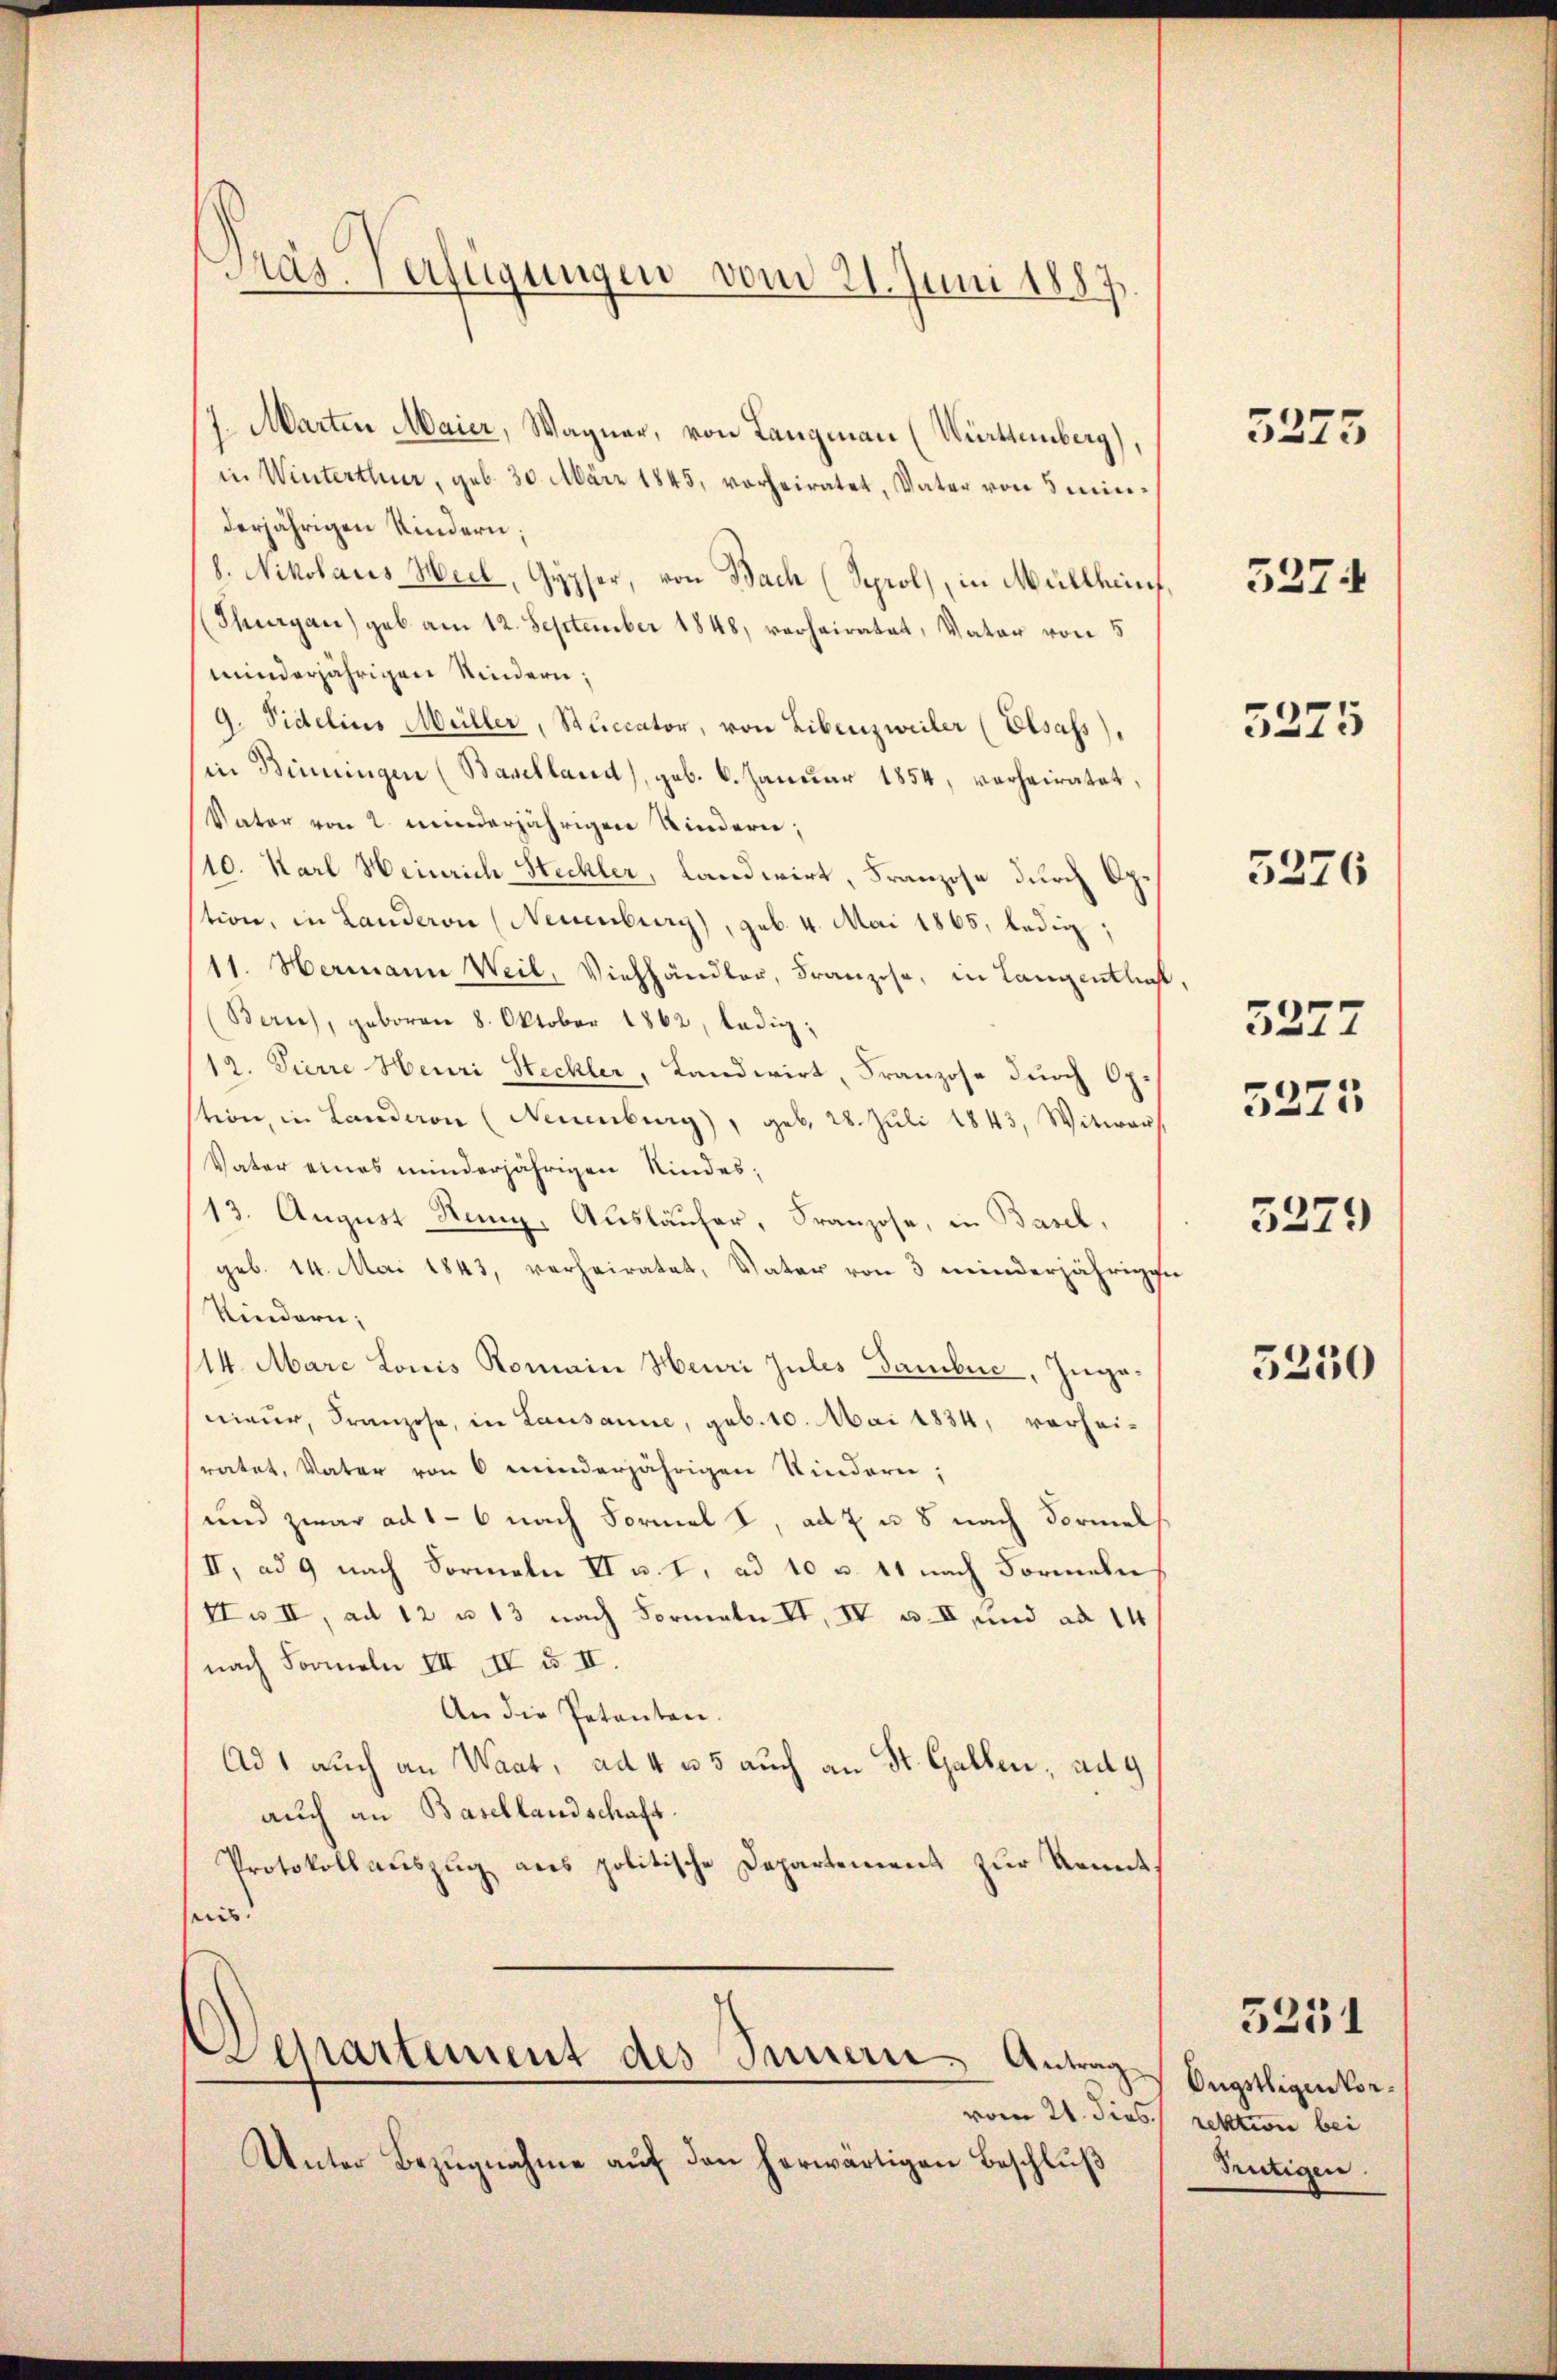
Präs. Verfügungen vom 21. Juni 1887.

7. Marten Maier, Wagner, von Langmann (Württemberg),
in Winterthur, geb. 30. März 1845, vorheiratet, Vater von 5 minderjährigen Kindern;
8. Nikolaus Heil, Gypser, von Bach (Sprol, in Müllheint,
(Thurgau) gab am 12. September 1848, verheiratet, Vater von 5
minderjährigen Kindern;
9. Fidelins Müller, Stuccator, von Libenzweiler (Elsass,
in Benningen (Baselland), geb. 6. Januar 1854, verheiratet,
Vater von 2 minderjährigen Kindern,
10. Karl Heinrich Stechler, Landwirt, Franzose durch Option, in Landeron (Neuenburg), geb. 4. Mai 1865, ledig;
11. Hermann Weil, Viehhändler, Franzose, in Langenthaf
(Bern), geboren 8. Oktober 1862, ledig,
12. Pierre Heuri Steckler, Landwirt, Franzose durch Op.
tion, in Landeren (Neuenburg), geb. 28. Jŭli 1843, Witwer
Vater eines minderjährigen Kindes,
13. August Rang, Ausläufer, Franzose, in Basel,
geb. 14. Mai 1843, verheiratet, Vater von 3 minderjährige
Kindern;
14. Mare Louis Romain Heuri Julis Dambuc, Ingenieur, Franzose, in Lausanne, geb. 10. Mai 1834, vorheiratet, Vater von 6 minderjährigen Kindern;
und zwar ad 1 - 6 nach Formal I, ad 7 u. 8 nach Vormel
II, ad 9 nach Formeln II u. I. ad 10 u. 41 nach Formeln
H. II, ad 12 u. 13 nach Formale II, IV u. II und ad 14
nach Formeln III, IV u. II.
An die Petenten.
Ad 1 auch an Waat, ad 4 u. 5 auch an St. Gallen, aug
auch an Basellandschaft.
Protokollauszug aus politische Departement zur Kennt,
nis

Departement des Sinnern Antrag

Unter Bezugnahme auf den herwärtigen Beschluß

3275

5274

5275

5276

5277
5275
5279

5250

Ongstligen vorvom 21. dies rektion bei
Tütigen

5251